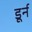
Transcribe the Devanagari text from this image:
डूर्न